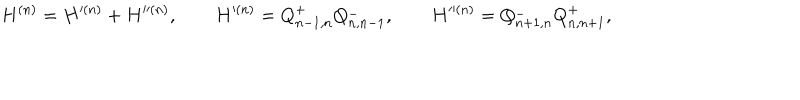
LaTeX: H ^ { ( n ) } = H ^ { ( n ) } + H ^ { ( n ) } , \qquad H ^ { ( n ) } = Q _ { n - 1 , n } ^ { + } Q _ { n , n - 1 } ^ { - } , \qquad H ^ { ( n ) } = Q _ { n + 1 , n } ^ { - } Q _ { n , n + 1 } ^ { + } ,